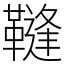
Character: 䩼